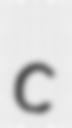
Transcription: c